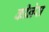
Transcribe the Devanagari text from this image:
कीनेस